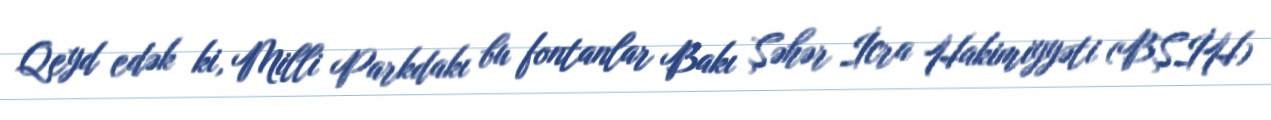
Qeyd edək ki, Milli Parkdakı bu fontanlar Bakı Şəhər İcra Hakimiyyəti (BŞİH)